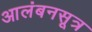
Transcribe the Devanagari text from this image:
आलंबनसूत्र